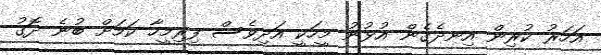
އަހަރު ކުރިން އިނދެގެން އުޅުނު މީހަކީ އަދިވެސް ފިރިމީހާ ކަމަށް ބުނެ ދޮގު